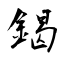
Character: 鍻